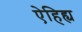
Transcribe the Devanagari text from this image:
ऐहिह्य